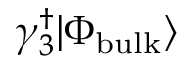
\gamma _ { 3 } ^ { \dagger } | \Phi _ { \mathrm { { b u l k } } } \rangle